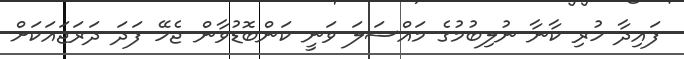
ފައިދާ ހުރި ކާނާ ނުލިބުމުގެ މައްސަލަ ވަނީ ކަންބޮޑުވާން ޖެހޭ ފަދަ ދަރަޖައަކަށް